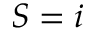
S = i